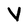
Character: V